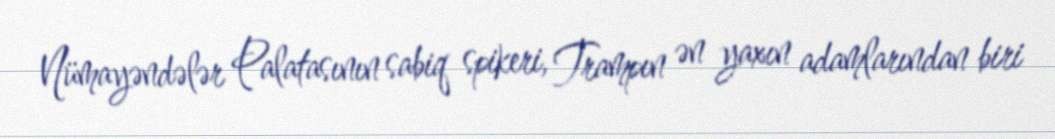
Nümayəndələr Palatasının sabiq spikeri, Trampın ən yaxın adamlarından biri